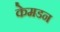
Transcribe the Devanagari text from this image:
केमडन